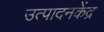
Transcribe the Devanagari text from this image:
उत्पादनकेंद्र